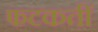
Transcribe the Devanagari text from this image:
फटकतीं